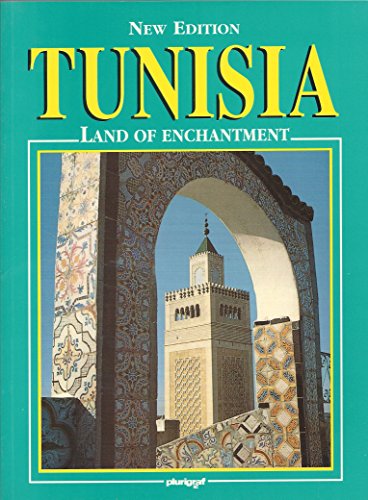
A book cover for Tunisia: Land of Enchantment (New Edition); Abdelaziz Daoulatli; Travel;